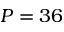
P = 3 6